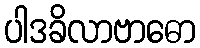
ပါဒခိလာဗာဓော